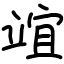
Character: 竩